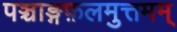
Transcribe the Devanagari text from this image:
पञ्चाङ्गफ़लमुत्तमम्